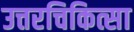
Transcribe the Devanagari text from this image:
उत्तरचिकित्सा